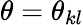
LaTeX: \theta=\theta_{kl}